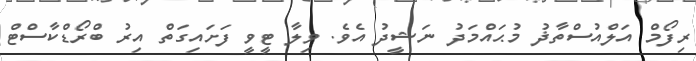
ރިފޯމް އަލްއުސްތާޛު މުޙައްމަދު ނަޝީދު އެވެ. ވިލާ ޓީވީ ފަށައިގަތް އިރު ބްރޯޑްކާސްޓް